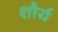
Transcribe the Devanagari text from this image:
शौर्यं